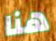
هنا